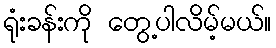
ရုံးခန်းကို တွေ့ပါလိမ့်မယ်။